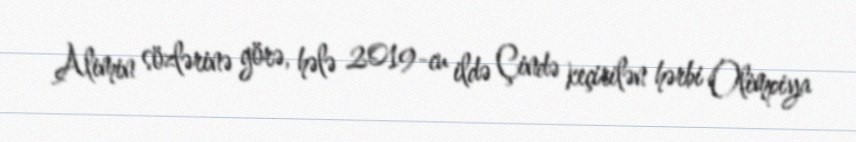
Alimin sözlərinə görə, hələ 2019-cu ildə Çində keçirilən hərbi Olimpiya